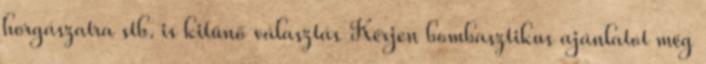
horgászatra stb. is kitűnő választás Kérjen bombasztikus ajánlatot még